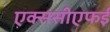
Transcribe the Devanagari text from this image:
एक्ससीएफई